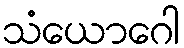
သံယောဂေါ